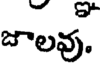
జాలవు.